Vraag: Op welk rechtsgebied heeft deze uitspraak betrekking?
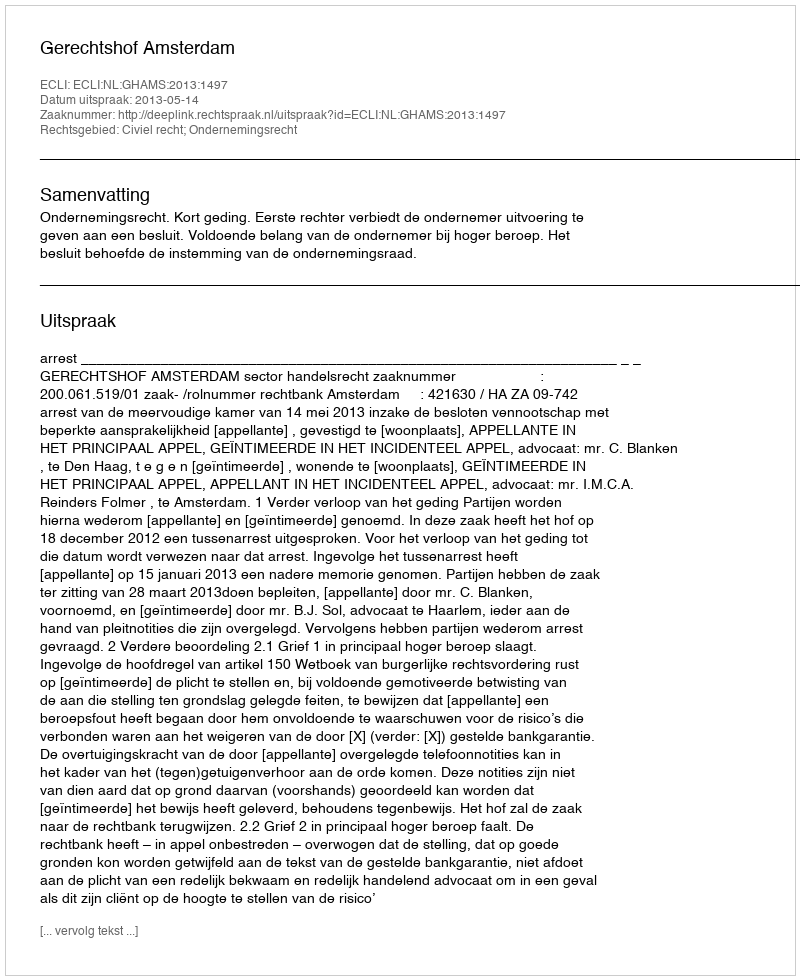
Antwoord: Civiel recht; Ondernemingsrecht